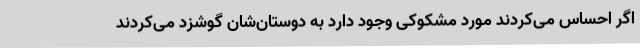
اگر احساس می‌کردند مورد مشکوکی وجود دارد به دوستان‌شان گوشزد می‌کردند